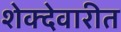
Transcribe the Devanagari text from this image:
शेक्देवारीत